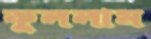
কুললাম